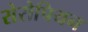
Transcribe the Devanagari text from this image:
सेरोपियन